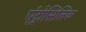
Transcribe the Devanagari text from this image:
एंट्रोसिलिक